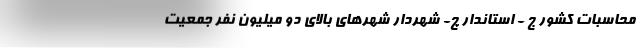
محاسبات کشور ج - استاندار چ- شهردار شهرهای بالای دو میلیون نفر جمعیت